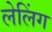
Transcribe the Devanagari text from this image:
लेलिंग